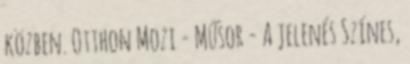
közben. Otthon Mozi - Műsor - A jelenés Színes,